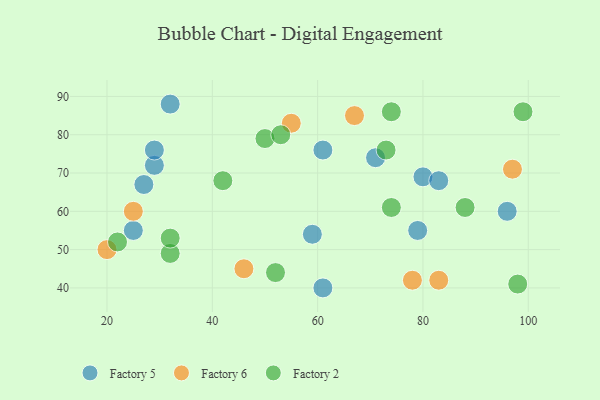
{"axis": {"x": "GDP", "y": "Life Expectancy"}, "legend": ["Factory 2", "Factory 5", "Factory 6"], "data": [{"x": "29", "y": 72, "type": "Factory 5"}, {"x": "59", "y": 54, "type": "Factory 5"}, {"x": "71", "y": 74, "type": "Factory 5"}, {"x": "25", "y": 55, "type": "Factory 5"}, {"x": "32", "y": 88, "type": "Factory 5"}, {"x": "29", "y": 76, "type": "Factory 5"}, {"x": "61", "y": 40, "type": "Factory 5"}, {"x": "80", "y": 69, "type": "Factory 5"}, {"x": "96", "y": 60, "type": "Factory 5"}, {"x": "61", "y": 76, "type": "Factory 5"}, {"x": "83", "y": 68, "type": "Factory 5"}, {"x": "27", "y": 67, "type": "Factory 5"}, {"x": "79", "y": 55, "type": "Factory 5"}, {"x": "83", "y": 42, "type": "Factory 6"}, {"x": "20", "y": 50, "type": "Factory 6"}, {"x": "55", "y": 83, "type": "Factory 6"}, {"x": "67", "y": 85, "type": "Factory 6"}, {"x": "25", "y": 60, "type": "Factory 6"}, {"x": "97", "y": 71, "type": "Factory 6"}, {"x": "46", "y": 45, "type": "Factory 6"}, {"x": "78", "y": 42, "type": "Factory 6"}, {"x": "32", "y": 49, "type": "Factory 2"}, {"x": "50", "y": 79, "type": "Factory 2"}, {"x": "74", "y": 86, "type": "Factory 2"}, {"x": "74", "y": 61, "type": "Factory 2"}, {"x": "42", "y": 68, "type": "Factory 2"}, {"x": "53", "y": 80, "type": "Factory 2"}, {"x": "73", "y": 76, "type": "Factory 2"}, {"x": "98", "y": 41, "type": "Factory 2"}, {"x": "99", "y": 86, "type": "Factory 2"}, {"x": "22", "y": 52, "type": "Factory 2"}, {"x": "88", "y": 61, "type": "Factory 2"}, {"x": "52", "y": 44, "type": "Factory 2"}, {"x": "32", "y": 53, "type": "Factory 2"}]}